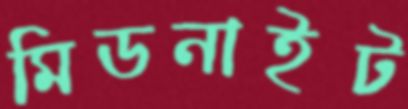
মিডনাইট